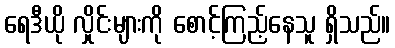
ရေဒီယို လှိုင်းများကို စောင့်ကြည့်နေသူ ရှိသည်။